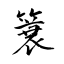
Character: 簑